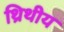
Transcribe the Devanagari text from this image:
थ्रिथीय